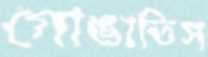
গোঙাতিস